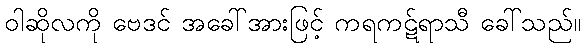
ဝါဆိုလကို ဗေဒင် အခေါ်အားဖြင့် ကရကဋ်ရာသီ ခေါ်သည်။